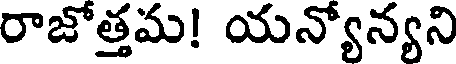
రాజోత్తమ! యన్యోన్యని